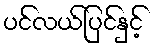
ပင်လယ်ပြင်နှင့်